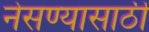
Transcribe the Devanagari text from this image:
नेसण्यासाठी